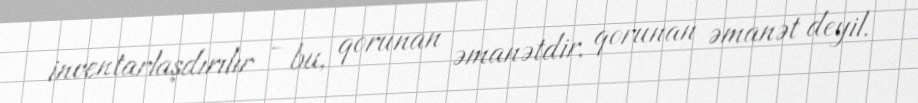
inventarlaşdırılır - bu, qorunan əmanətdir, qorunan əmanət deyil.